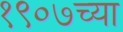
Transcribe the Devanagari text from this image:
१९०७च्या